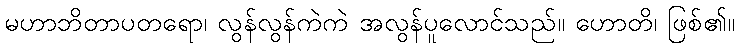
မဟာဘိတာပတရော၊ လွန်လွန်ကဲကဲ အလွန်ပူလောင်သည်။ ဟောတိ၊ ဖြစ်၏။